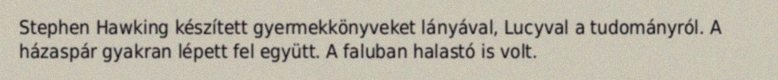
Stephen Hawking készített gyermekkönyveket lányával, Lucyval a tudományról. A házaspár gyakran lépett fel együtt. A faluban halastó is volt.